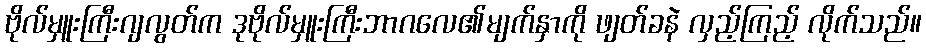
ဗိုလ်မှူးကြီးဂျလွတ်က ဒုဗိုလ်မှူးကြီးဘာဂလေ၏မျက်နှာကို ဖျတ်ခနဲ လှည့်ကြည့် လိုက်သည်။